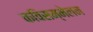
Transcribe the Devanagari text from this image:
कविसम्मेलन